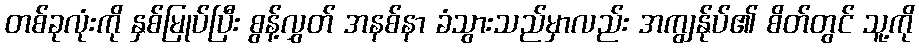
တစ်ခုလုံးကို နှစ်မြုပ်ပြီး စွန့်လွှတ် အနစ်နာ ခံသွားသည်မှာလည်း အကျွန်ုပ်၏ စိတ်တွင် သူ့ကို